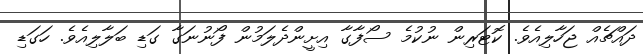
ދައްޗެއް ޖަހާލިއެވެ. ކޮޓަރިން ނުކުމެ ސޯފާގާ އިށީންދެލަމުން ފޯނުނަގާ ގަޑި ބަލާލިއެވެ. ހަގަޑި